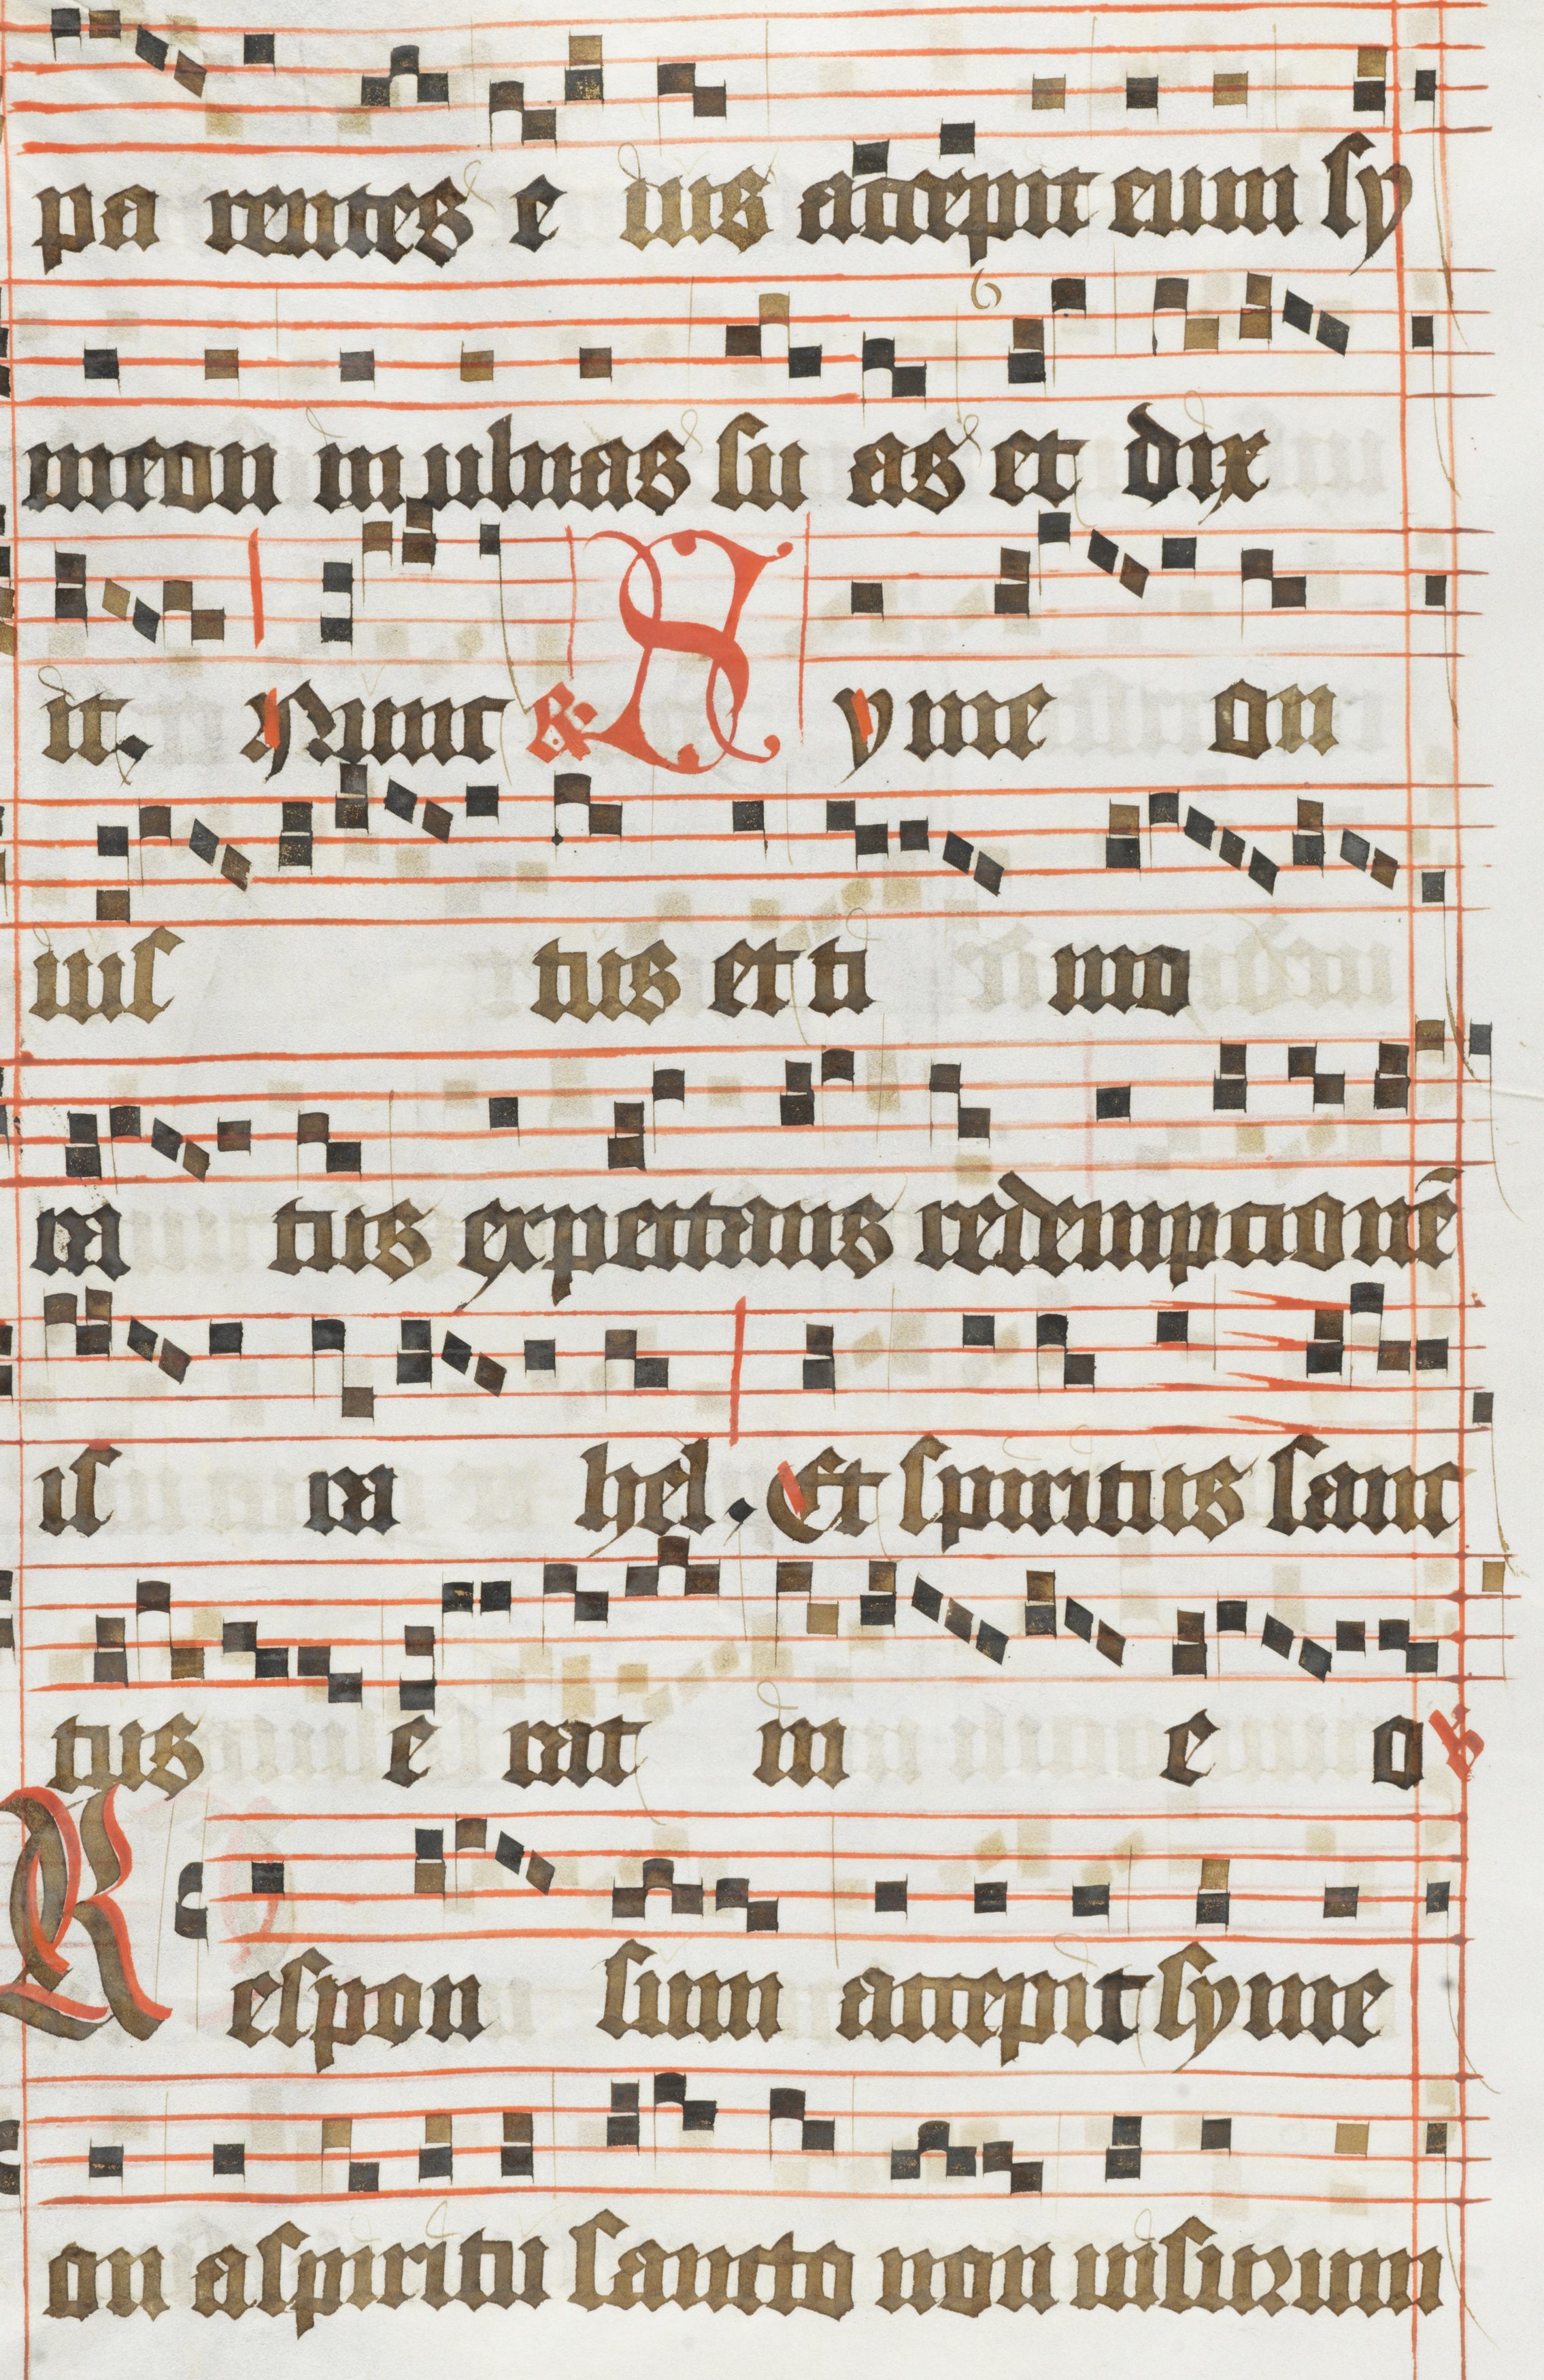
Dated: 1483–1484